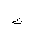
Letter: _ta